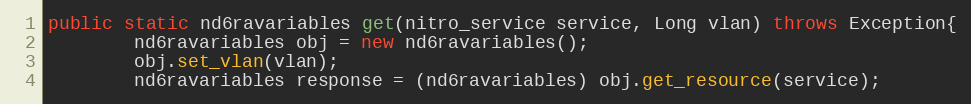
Language: Java
public static nd6ravariables get(nitro_service service, Long vlan) throws Exception{
		nd6ravariables obj = new nd6ravariables();
		obj.set_vlan(vlan);
		nd6ravariables response = (nd6ravariables) obj.get_resource(service);